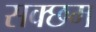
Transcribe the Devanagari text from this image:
सक्छम